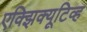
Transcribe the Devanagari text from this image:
एक्झिक्यूटिव्ह